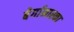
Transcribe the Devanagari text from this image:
बेर्गामास्का